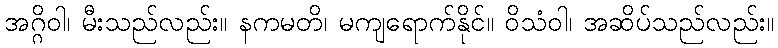
အဂ္ဂိဝါ၊ မီးသည်လည်း။ နကမတိ၊ မကျရောက်နိုင်။ ဝိသံဝါ၊ အဆိပ်သည်လည်း။